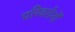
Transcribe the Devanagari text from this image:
परिवर्तनोँ